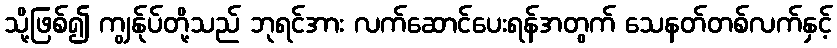
သို့ဖြစ်၍ ကျွန်ုပ်တို့သည် ဘုရင်အား လက်ဆောင်ပေးရန်အတွက် သေနတ်တစ်လက်နှင့်